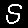
Digit: 5